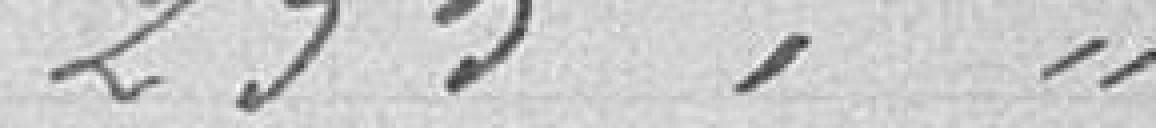
235, //